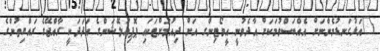
"އަޅުގަނޑުމެންނަށް އެއްބަސްވުމަކަށް އާދެވުނީ އީވޯޓިންގ އަށް ދިއުމަށްޓަކައި ޕޮޕިއުލޭޝަންގެ އަދަދަކީ ރާއްޖޭގެ ރައްޔިތުންގެ